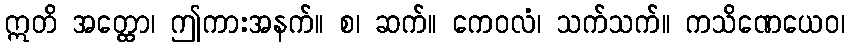
ဣတိ အတ္ထော၊ ဤကားအနက်။ စ၊ ဆက်။ ကေဝလံ၊ သက်သက်။ ကသိဏေယေဝ၊